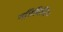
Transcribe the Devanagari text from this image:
गतिविधि०